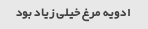
ادویه مرغ خیلی زیاد بود